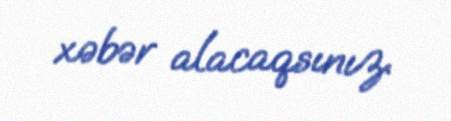
xəbər alacaqsınız.